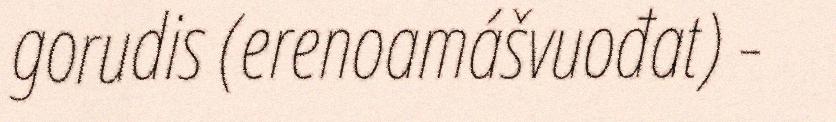
gorudis (erenoamášvuođat) -